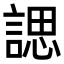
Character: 諰